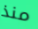
منذ